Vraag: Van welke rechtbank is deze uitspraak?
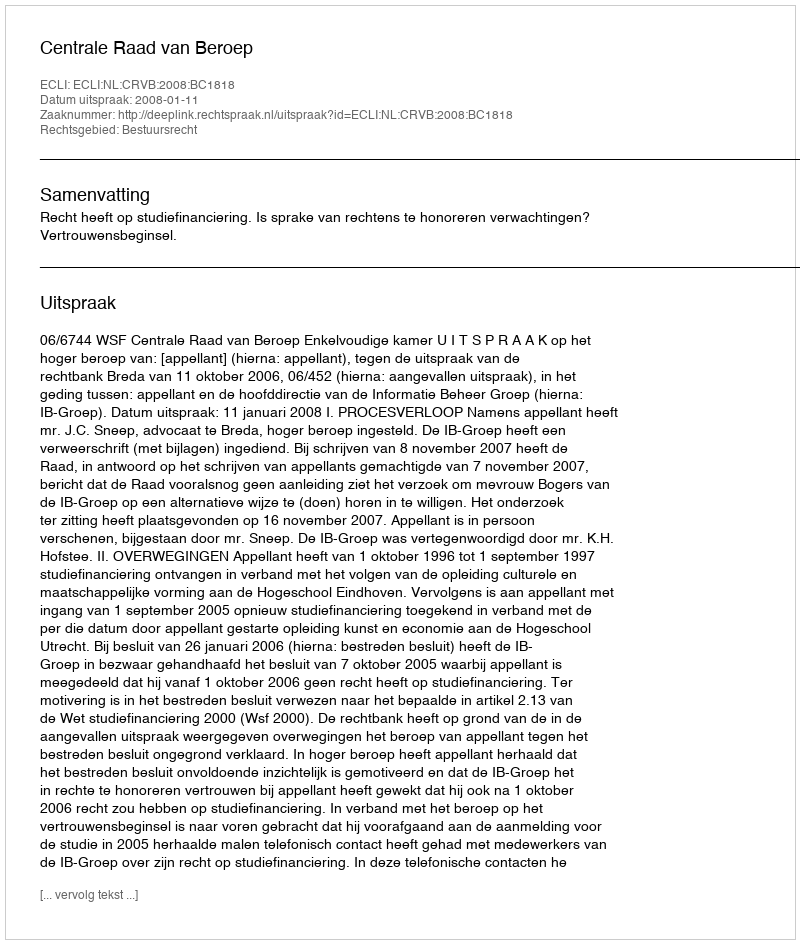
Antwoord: Centrale Raad van Beroep